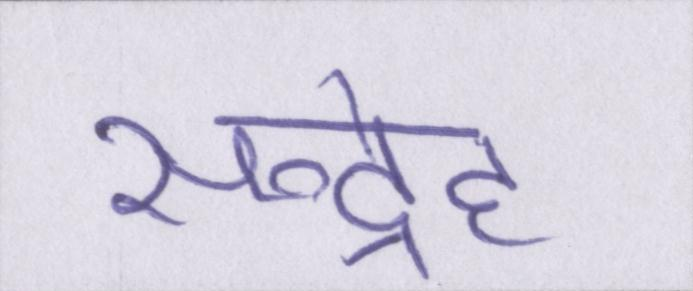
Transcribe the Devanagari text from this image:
सन्देह